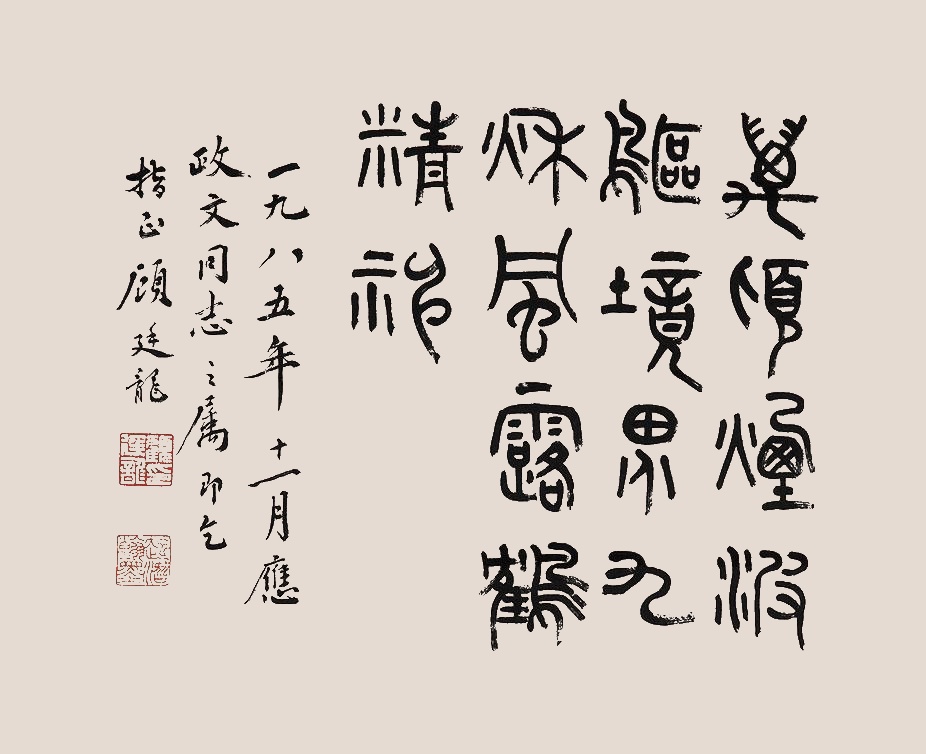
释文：万顷烟波鸥境界，九秋风露鹤精神。一九八五年十一月应正文同志之属即乞指正，顾廷龙。